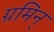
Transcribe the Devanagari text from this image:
ग्रमिन्